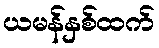
ယမန်နှစ်ထက်